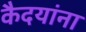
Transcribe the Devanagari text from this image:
कैदयांना